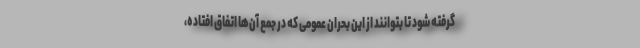
گرفته شود تا بتوانند از این بحران عمومی که در جمع آن‌ها اتفاق افتاده،